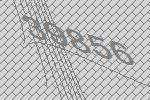
39856